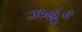
ઝહૂર